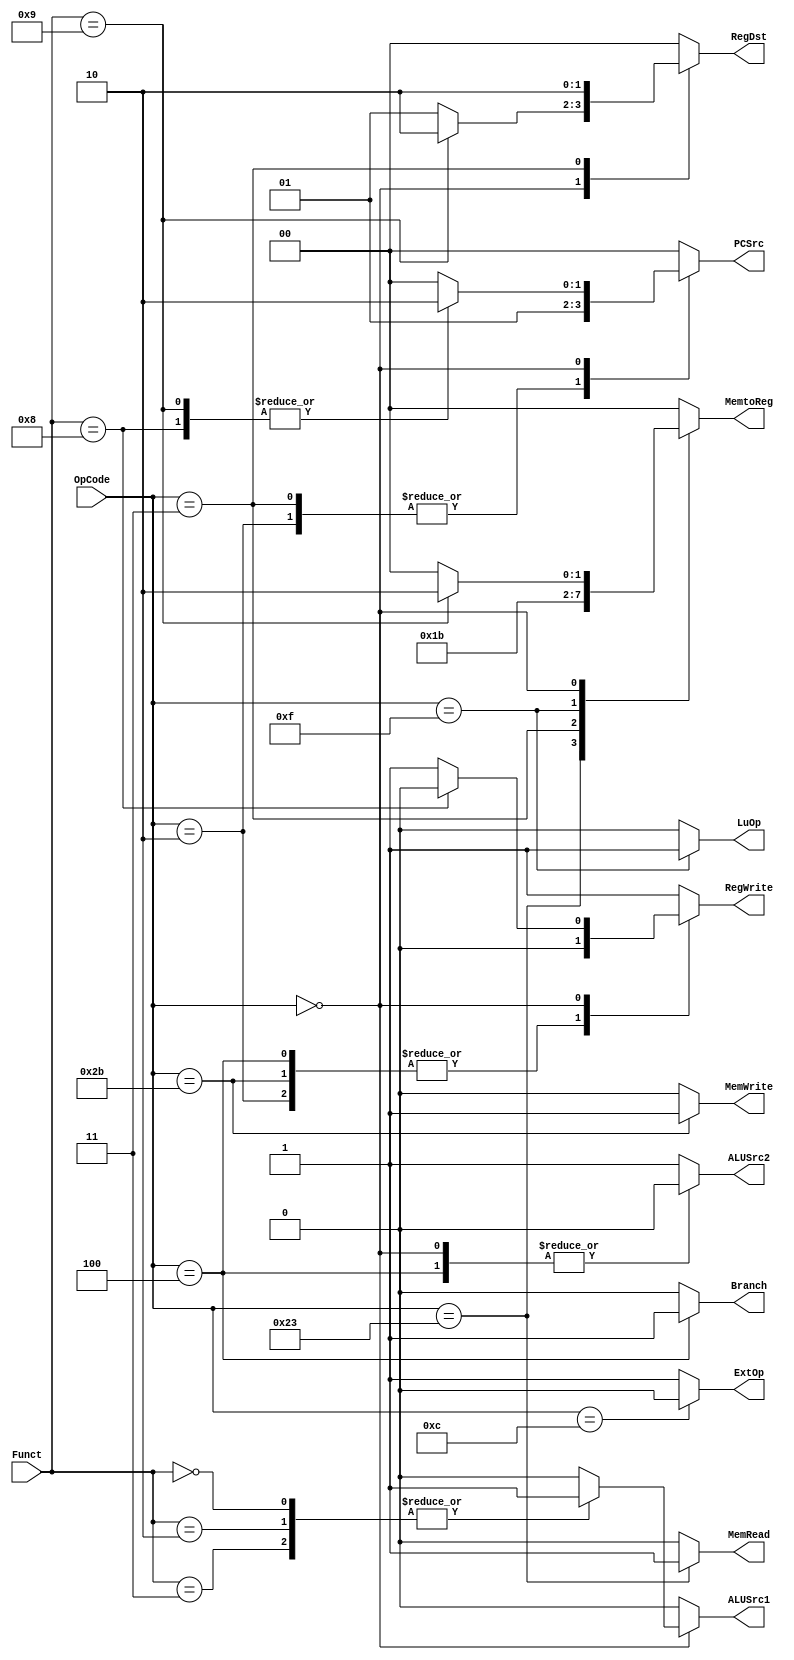
`timescale 1ns / 1ps
module Control(OpCode,
               Funct,
               PCSrc,
               Branch,
               RegWrite,
               RegDst,
               MemRead,
               MemWrite,
               MemtoReg,
               ALUSrc1,
               ALUSrc2,
               ExtOp,
               LuOp);
    input [5:0] OpCode;
    input [5:0] Funct;
    output reg [1:0] PCSrc;
    output reg Branch;
    output reg RegWrite;
    output reg [1:0] RegDst;
    output reg MemRead;
    output reg MemWrite;
    output reg [1:0] MemtoReg;
    output reg ALUSrc1;
    output reg ALUSrc2;
    output reg ExtOp;
    output reg LuOp;
    
    // Your code below
    
    // MIPS Opcodes
    parameter lw_op  = 6'h23; // load word(I)
    parameter sw_op  = 6'h2b; // save word(I)
    parameter lui_op = 6'h0f; // load upper 16 bits of immediate(I)
    
    parameter addi_op  = 6'h08; // add immediate(I)
    parameter addiu_op = 6'h09; // add immediate unsigned #! u(I)
    
    parameter andi_op  = 6'h0c; // and immediate(I)
    parameter slti_op  = 6'h0a; // set on less than immediate(I)
    parameter sltiu_op = 6'h0b; // set on less than immediate unsigned #! u(I)
    
    parameter beq_op = 6'h04; // branch equal(I)
    parameter j_op   = 6'h02; // jump(J)
    parameter jal_op = 6'h03; // jump and link(J)
    
    parameter R_op = 6'h00; // represent for all R-types
    
    // MIPS Functs
    parameter add_fun  = 6'h20;
    parameter addu_fun = 6'h21; //! u
    parameter sub_fun  = 6'h22;
    parameter subu_fun = 6'h23; //! u
    
    parameter and_fun = 6'h24;
    parameter or_fun  = 6'h25;
    parameter xor_fun = 6'h26;
    parameter nor_fun = 6'h27;
    
    parameter sll_fun  = 6'h00;
    parameter srl_fun  = 6'h02;
    parameter sra_fun  = 6'h03;
    parameter slt_fun  = 6'h2a;
    parameter sltu_fun = 6'h2b; //! u
    
    parameter jr_fun   = 6'h08;
    parameter jalr_fun = 6'h09;
    
    initial begin
        PCSrc    <= 0;
        Branch   <= 0;
        RegWrite <= 0;
        RegDst   <= 0;
        MemRead  <= 0;
        MemWrite <= 0;
        MemtoReg <= 0;
        ALUSrc1  <= 0;
        ALUSrc2  <= 0;
        ExtOp    <= 0;
        LuOp     <= 0;
    end
    
    always @(*) begin
        // PCSrc
        case(OpCode)
            j_op,jal_op: begin
                PCSrc <= 2'b01;
            end
            
            R_op: begin
                case(Funct)
                    jr_fun,jalr_fun:begin
                        PCSrc <= 2'b10;
                    end
                    default:begin
                        PCSrc <= 2'b00;
                    end
                endcase
            end
            
            default: begin
                PCSrc <= 2'b00;
            end
        endcase
        
        // Branch
        case(OpCode)
            beq_op:begin
                Branch <= 1'b1;
            end
            
            default:begin
                Branch <= 1'b0;
            end
        endcase
        
        // RegWrite
        case(OpCode)
            sw_op,beq_op,j_op:begin
                RegWrite <= 0;
            end
            
            R_op:begin
                case(Funct)
                    jr_fun:begin
                        RegWrite <= 0;
                    end
                    default:begin
                        RegWrite <= 1;
                    end
                endcase
            end
            
            default:begin
                RegWrite <= 1;
            end
        endcase
        
        // RegDst
        case(OpCode)
            R_op:begin
                case(Funct)
                    jalr_fun:begin
                        RegDst <= 2'b10;
                    end
                    default:begin
                        RegDst <= 2'b01;
                    end
                endcase
            end
            
            jal_op:begin
                RegDst <= 2'b10;
            end
            
            default:begin
                RegDst <= 2'b00;
            end
        endcase
        
        // MemRead
        case(OpCode)
            lw_op:begin
                MemRead <= 1;
            end
            
            default:begin
                MemRead <= 0;
            end
        endcase
        
        // MemWrite
        case(OpCode)
            sw_op:begin
                MemWrite <= 1;
            end
            
            default:begin
                MemWrite <= 0;
            end
        endcase
        
        // MemtoReg
        case(OpCode)
            lw_op:begin
                MemtoReg <= 2'b01;
            end
            
            jal_op:begin
                MemtoReg <= 2'b10;
            end

            lui_op:begin
                MemtoReg <= 2'b11;
            end
            
            R_op:begin
                case(Funct)
                    jalr_fun:begin
                        MemtoReg <= 2'b10;
                    end
                    default:begin
                        MemtoReg <= 2'b00;
                    end
                endcase
            end
            
            default:begin
                MemtoReg <= 2'b00;
            end
        endcase
        
        // ALUSrc1
        case(OpCode)
            R_op:begin
                case(Funct)
                    sll_fun,srl_fun,sra_fun:begin
                        ALUSrc1 <= 1;
                    end
                    default:begin
                        ALUSrc1 <= 0;
                    end
                endcase
            end
            
            default:begin
                ALUSrc1 <= 0;
            end
        endcase
        
        // ALUSrc2
        case(OpCode)
            R_op,beq_op:begin
                ALUSrc2 <= 0;
            end
            
            default:begin
                ALUSrc2 <= 1;
            end
        endcase
        
        // ExtOp
        case(OpCode)
            andi_op:begin
                ExtOp <= 0;
            end
            
            default:begin
                ExtOp <= 1;
            end
        endcase
        
        // LuOp
        case(OpCode)
            lui_op:begin
                LuOp <= 1;
            end
            
            default:begin
                LuOp <= 0;
            end
        endcase
    end
    // Your code above
endmodule